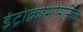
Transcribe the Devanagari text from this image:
इंट्रोक्रोमोमेरिक